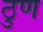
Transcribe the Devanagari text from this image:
ठुण